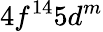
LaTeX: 4f^{14}5d^{m}